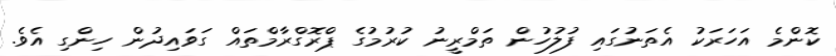
ކޮންމެ އަހަރަކު އެތަނުގައި ފުލުހުން ތަމްރީނު ކުރުމުގެ ޕްރޮގްރާމްތައް ގަވައިދުން ހިންގި އެވެ.